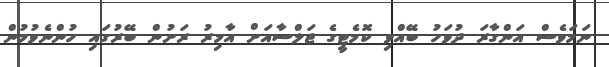
ނަމަވެސް އަންގާރަ ދުވަހު ބޭއްވި ކޮމެޓީގެ ޖަލްސާއަށް އާމިރު ރަށުން ބޭރުގައި ހުންނެވުމުން